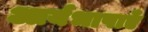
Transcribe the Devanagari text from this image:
आर्यभाषाएँ